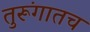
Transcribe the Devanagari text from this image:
तुरूंगातच